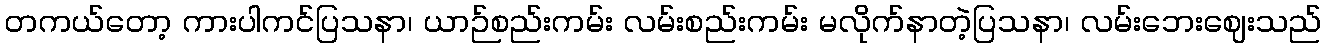
တကယ်တော့ ကားပါကင်ပြသနာ၊ ယာဉ်စည်းကမ်း လမ်းစည်းကမ်း မလိုက်နာတဲ့ပြသနာ၊ လမ်းဘေးဈေးသည်